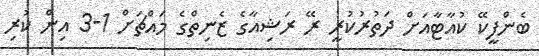
ބެންފީކޭ ކުއާޓާއަށް ދަތުރުކުރީ ރޭ ރަޝިއާގެ ޒެނިތްގެ މައްޗަށް 1-3 އިން ކުރި